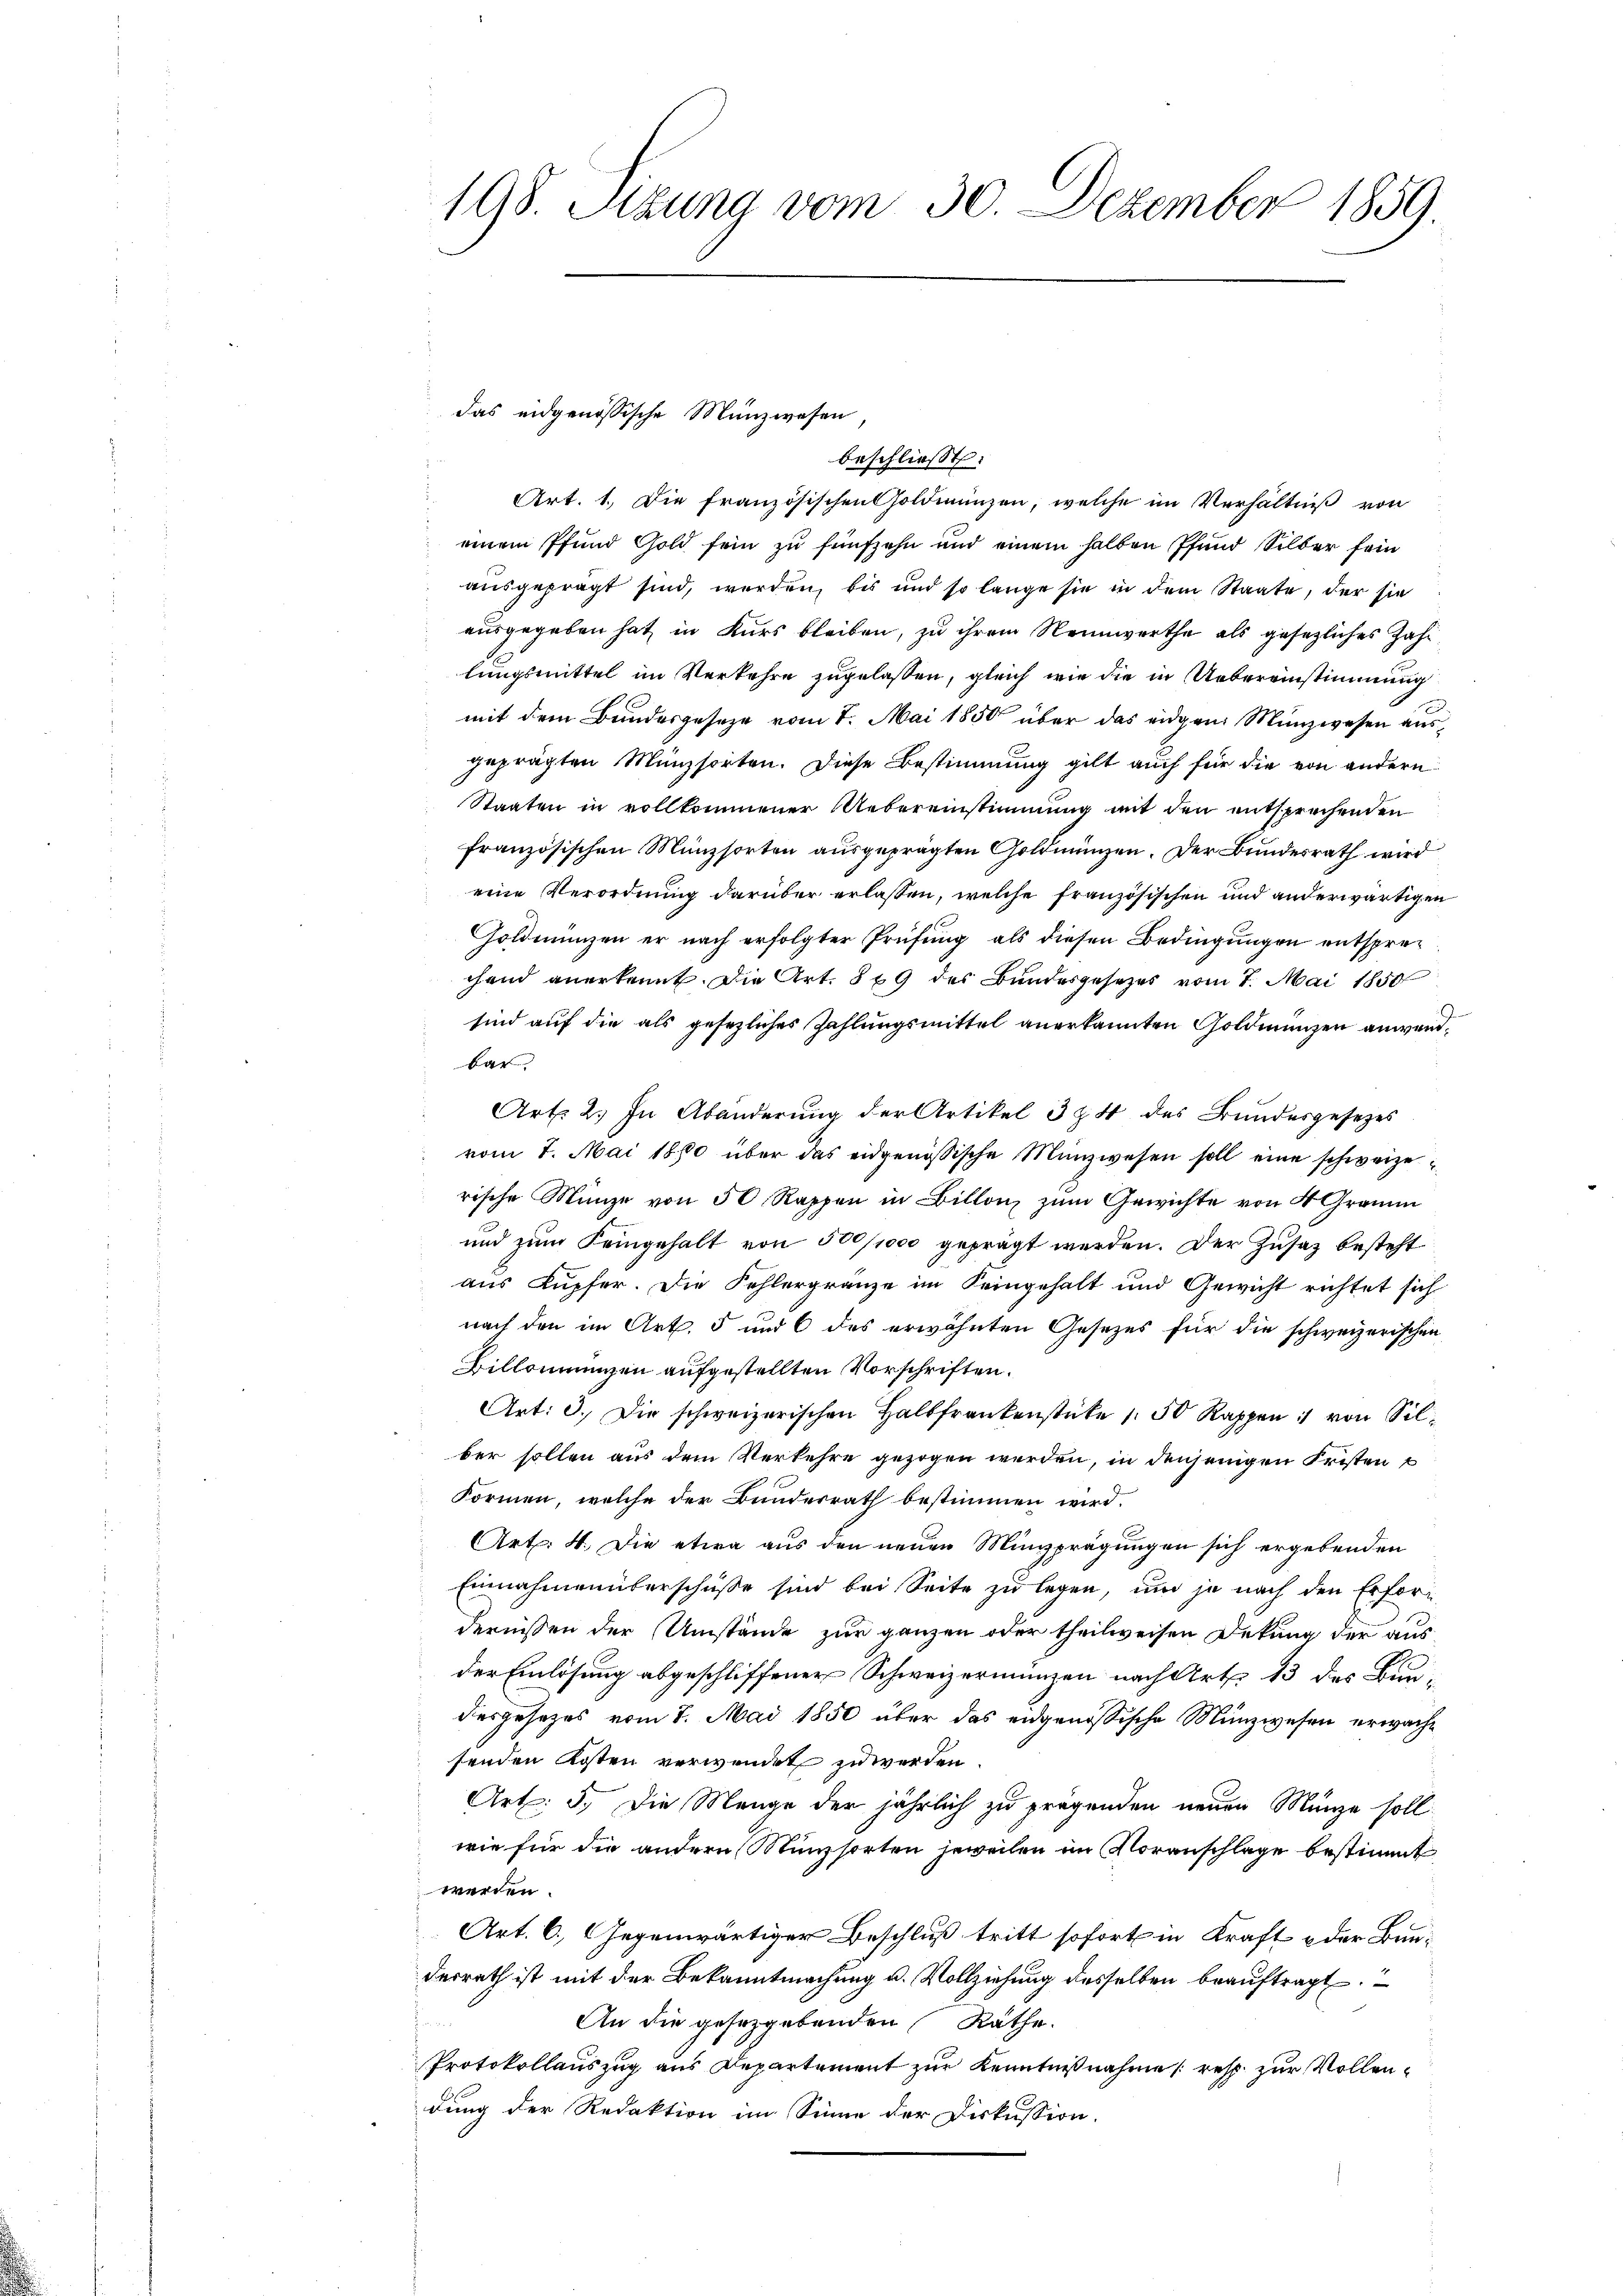
198. Stzung vom 30. Dezember 1859.

beschließt:
Art. 1. Die französischen Goldmünzen, welche im Verhältniß von
einem Pfund Gold sein zu fünfzehn und einem halben Pfund Silber sein
ausgeprägt sind, werden, bis und so lange sie in dem Staate, der sie
ausgegeben hat in Kurs bleiben, zu ihrem Nennwerthe als gesezliches Zahlungsmittel im Verkehre zugelassen, gleich wie die in Uebereinstimmung
mit dem Bundesgeseze vom 1. Mai 1850 über das eidgen. Münzwesen aus
geprägten Münzsorten. Diese Bestimmung gilt auch für die von andern
Staaten in vollkommener Uebereinstimmung mit den entsprechenden
französischen Münzsorten ausgeprägten Goldmünzen. Der Bundesrath wird
eine Verordnung darüber erlassen, welche französischen und anderwärtigen
Goldmünzen er nach erfolgter Prüfung als diesen Bedingungen entsprechend anerkennt. Die Art. 869 des Bundesgesetzes vom 7. Mai 1850
sind auf die als gesezliches Zahlungsmittel anerkannten Goldmünzen anwendbar.
Art. 2. In Abänderung der Artikel 3 § 4 des Bundesgesetzes
vom 7. Mai 1880 über das eidgenössische Münzwesen soll eine schweizerische Münze von 50 Rappen in Billon zum Gewichte von 4 Gramm
und zum Feingehalt von 500/1000 geprägt werden. Der Zusatz besteht
aus Kupfer. Die Fehlergränze im Seingehalt und Gewicht richtet sich
nach den im Art. 5 und 6 des erwähnten Gesezes für die schweizerischen
Billonmunzen aufgestellten Vorschriften.
Art: 3. Die schweizerischen Halbfrankenstücke 150 Rappen :/ von Silber sollen aus dem Verkehre gezogen werden, in denjenigen Fristen
Formen, welche der Bundesrath bestimmen wird.
Art: 4. Die etwa aus den neuen Münzprägungen sich ergebenden
Einnahmenüberschüße sind bei Seite zu legen, und je nach den Erfordernissen der Umstände zur ganzen oder theilweisen Dekung der aus
der Einlösung abgeschliffener Schweizermünzen nach Art. 13 des Bundesgesezes vom 7. Mai 1850 über das eidgenössische Münzwesen erwachsenden Kosten verwendet zu werden
Art: 5. Die Menge der jährlich zu prügenden neuen Münze soll
wie für die andern Münzsorten jeweilen im Voranschlage bestimmt
werden.
Art. 6. Gegenwärtiger Beschluß tritt sofort in Kraft der Bun-
derrath ist mit der Bekanntmachung u. Vollziehung desselben beauftragt
An die gesetzgebenden Räthe.
a
Protokollauszug aus Departement zur Kenntnißnahme (resp. zur Vollendung der Redaktion im Sinne der Diskussion.

das eidgenössische Münzwesen,